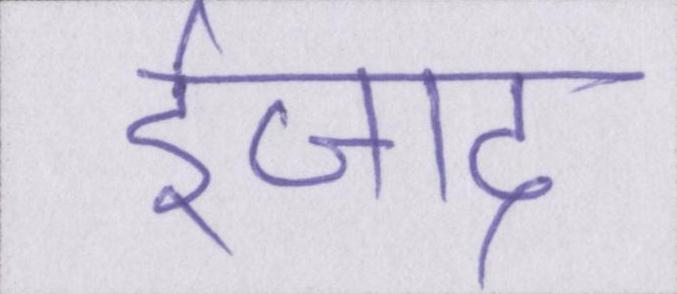
ईजाद